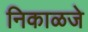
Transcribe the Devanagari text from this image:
निकाळजे